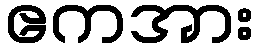
ဧကအား